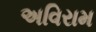
અવિરામ